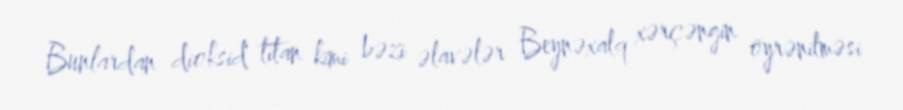
Bunlardan dioksid titan kimi bəzi əlavələr Beynəxalq xərçəngin öyrənilməsi